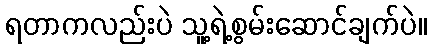
ရတာကလည်းပဲ သူ့ရဲ့စွမ်းဆောင်ချက်ပဲ။